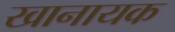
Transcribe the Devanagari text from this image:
खानायक